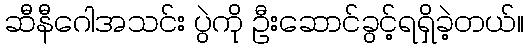
ဆီနီဂေါအသင်း ပွဲကို ဦးဆောင်ခွင့်ရရှိခဲ့တယ်။